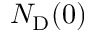
N _ { \mathrm { D } } ( 0 )